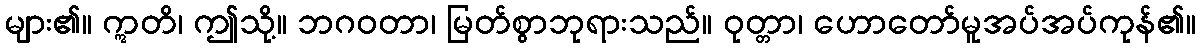
များ၏။ ဣတိ၊ ဤသို့။ ဘဂဝတာ၊ မြတ်စွာဘုရားသည်။ ဝုတ္တာ၊ ဟောတော်မူအပ်အပ်ကုန်၏။